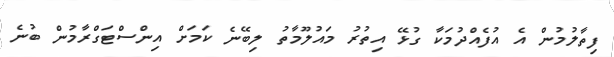
ފިތާލުމުން އެ އުފެއްދުމަކާ ގުޅޭ އިތުރު މައުލޫމާތު ލިބޭނެ ކަމަށް އިންސްޓަގްރާމުން ބުނެ